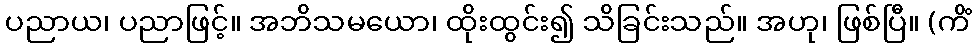
ပညာယ၊ ပညာဖြင့်။ အဘိသမယော၊ ထိုးထွင်း၍ သိခြင်းသည်။ အဟု၊ ဖြစ်ပြီ။ (ကိံ